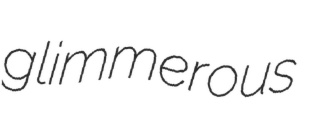
glimmerous